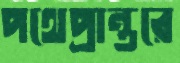
পথেপ্রান্তরে